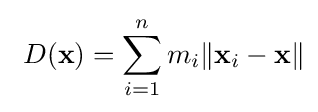
\ D(\mathbf {x} )=\sum _{i=1}^{n}m_{i}\|\mathbf {x} _{i}-\mathbf {x} \|